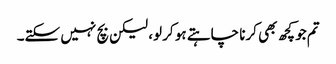
تم جو کچھ بھی کرنا چاہتے ہو کر لو، لیکن بچ نہیں سکتے۔